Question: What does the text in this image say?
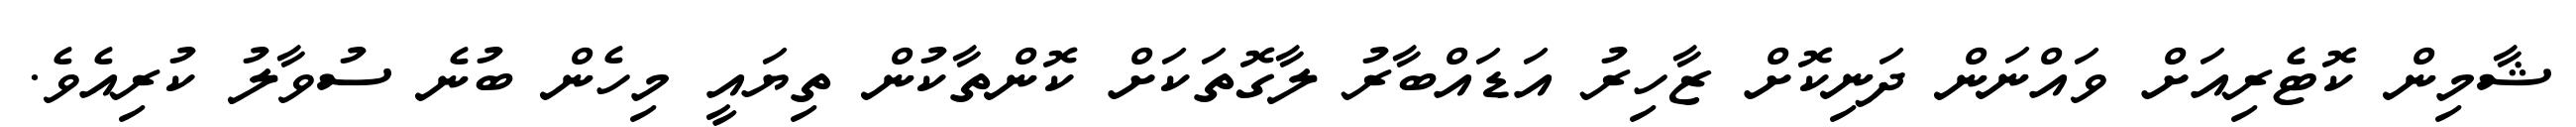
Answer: ޝާމިން ކޮޓެރިއަށް ވައްނަން ދަނިކޮށް ޒާހިރު އަޑައްބާރު ލާގޮތަކަށް ކޮންތާކުން ތިޔައީ މިހެން ބުނެ ސުވާލު ކުރިއެވެ.